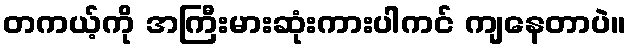
တကယ့်ကို အကြီးမားဆုံးကားပါကင် ကျနေတာပဲ။